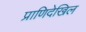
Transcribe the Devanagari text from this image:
प्राणिदेखिल